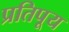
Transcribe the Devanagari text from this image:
प्रतिपूय